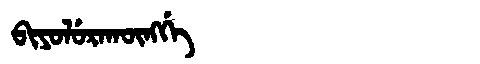
Manchu: ᠪᡳᠶᠣᠯᡠᡵᠠᡴᡡᠩᡤᡝ
Romanization: BIYOLURAKŪNGGE